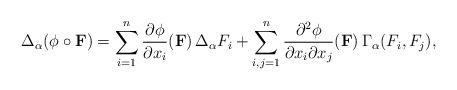
LaTeX: \begin{align*} \Delta_\alpha ( \phi \circ \mathbf{F}) = \sum_{i=1}^n \frac{\partial \phi}{\partial x_i} (\mathbf{F}) \, \Delta_\alpha F_i + \sum_{i,j=1}^n \frac{\partial^2 \phi}{\partial x_i \partial x_j}(\mathbf{F}) \, \Gamma_{\alpha}(F_i, F_j), \end{align*}